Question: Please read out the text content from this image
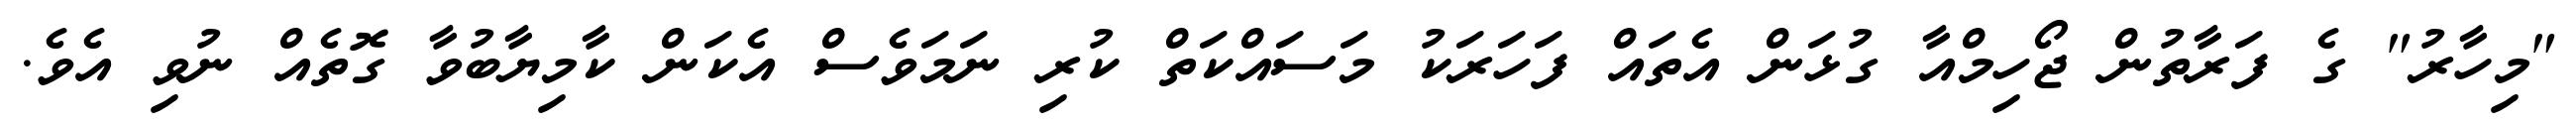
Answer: "މިހާރު" ގެ ފަރާތުން ޖޯހިމްއާ ގުޅަން އެތައް ފަހަރަކު މަސައްކަތް ކުރި ނަމަވެސް އެކަން ކާމިޔާބުވާ ގޮތެއް ނުވި އެވެ.